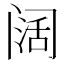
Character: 阔